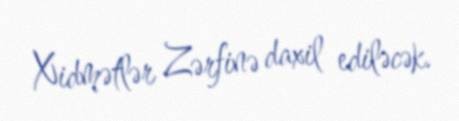
Xidmətlər Zərfinə daxil ediləcək.